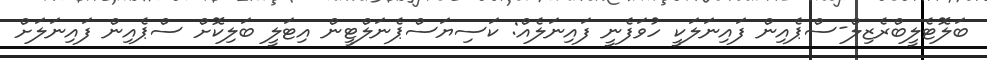
ބަލޮޓެލީބްރެޒިލް-ސްޕެއިން ފައިނަލަކީ ހުވަފެނީ ފައިނަލެއް: ކަސިޔަސްޕެނަލްޓީން އިޓަލީ ބަލިކޮށް ސްޕެއިން ފައިނަލަށް